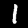
Label: 1